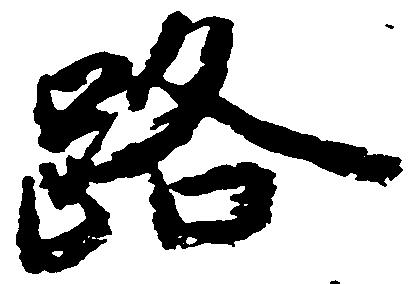
路